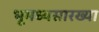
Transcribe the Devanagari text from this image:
भूमध्यसारख्या